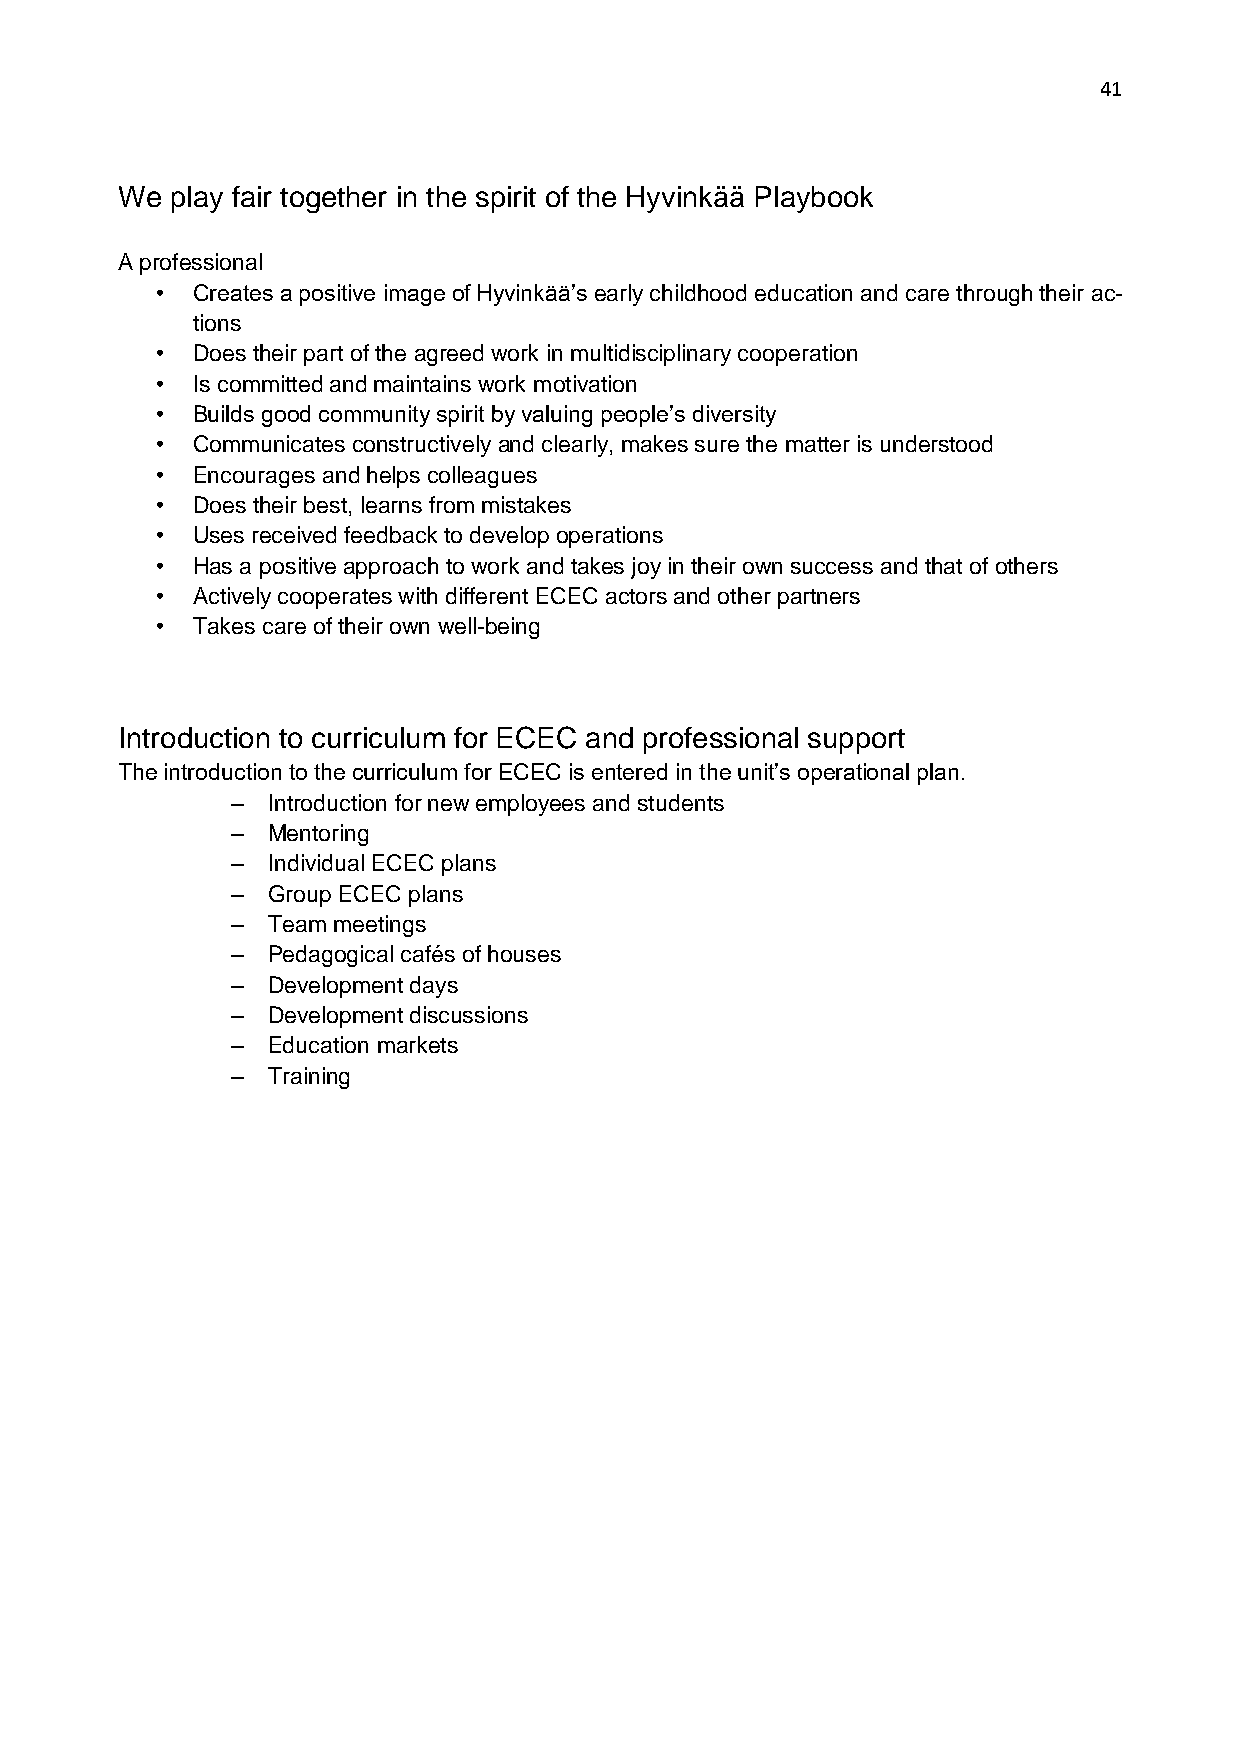
41
 We play fair together in the spirit of the Hyvinkää Playbook
 A professional
 •  Creates a positive image of Hyvinkää’s early childhood education and care through their ac-
 tions
 •  Does their part of the agreed work in multidisciplinary cooperation
 •  Is committed and maintains work motivation
 •  Builds good community spirit by valuing people’s diversity
 •  Communicates constructively and clearly, makes sure the matter is understood
 •  Encourages and helps colleagues
 •  Does their best, learns from mistakes
 •  Uses received feedback to develop operations
 •  Has a positive approach to work and takes joy in their own success and that of others
 •  Actively cooperates with different ECEC actors and other partners
 •  Takes care of their own well-being
 Introduction to curriculum for ECEC and professional support
 The introduction to the curriculum for ECEC is entered in the unit’s operational plan.
 –  Introduction for new employees and students
 –  Mentoring
 –  Individual ECEC plans
 –  Group ECEC plans
 –  Team meetings
 –  Pedagogical cafés of houses
 –  Development days
 –  Development discussions
 –  Education markets
 –  Training